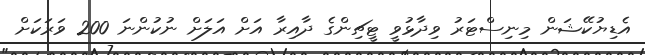
އެޑިޔުކޭޝަން މިނިސްޓަރު ވިދާޅުވީ ޓީޗިންގެ ދާއިރާ އަށް އަލަށް ނުކުންނަ 200 ވަރަކަށް